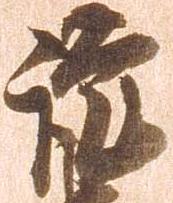
謹